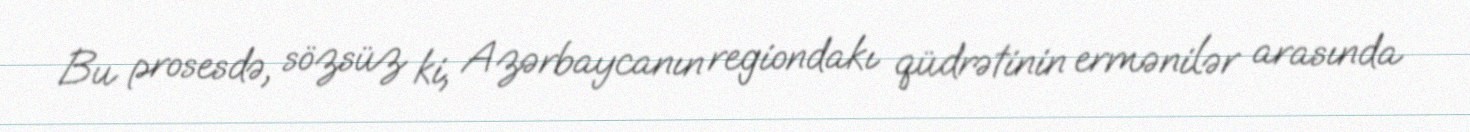
Bu prosesdə, sözsüz ki, Azərbaycanın regiondakı qüdrətinin ermənilər arasında